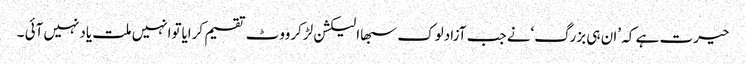
حیرت ہے کہ ’ان ہی بزرگ‘نے جب آزادلوک سبھاالیکشن لڑکرووٹ تقسیم کرایاتوانہیں ملت یادنہیں آئی ۔